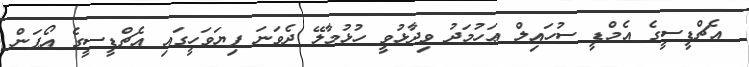
އެޗްޑީސީގެ އެމްޑީ ސުހައިލް ޢަހުމަދު ވިދާޅުވީ ހުޅުމާލޭ ދެވަނަ ފިޔަވަހީގައި އެޗްޑީސީގެ އޯޕަން